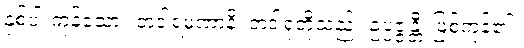
နှစ်ပါးကုန်သော။ တဒါရမဏာနိ၊ တဒါရုံတို့သည်။ ဥပ္ပဇ္ဇန္တီ၊ ဖြစ်ကုန်၏။